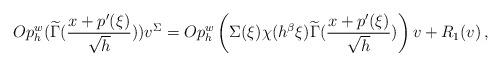
LaTeX: \begin{align*}Op_h^w(\widetilde{\Gamma}(\frac{x+p'(\xi)}{\sqrt{h}}))v^{\Sigma}= Op_h^w\left(\Sigma(\xi)\chi(h^{\beta}\xi)\widetilde{\Gamma}(\frac{x+p'(\xi)}{\sqrt{h}})\right)v + R_1(v) \,,\end{align*}